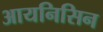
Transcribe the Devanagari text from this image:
आयनिसिन